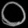
Digit: ၀